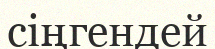
сіңгендей